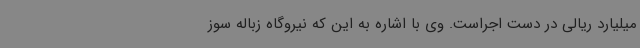
میلیارد ریالی در دست اجراست. وی با اشاره به این که نیروگاه زباله سوز